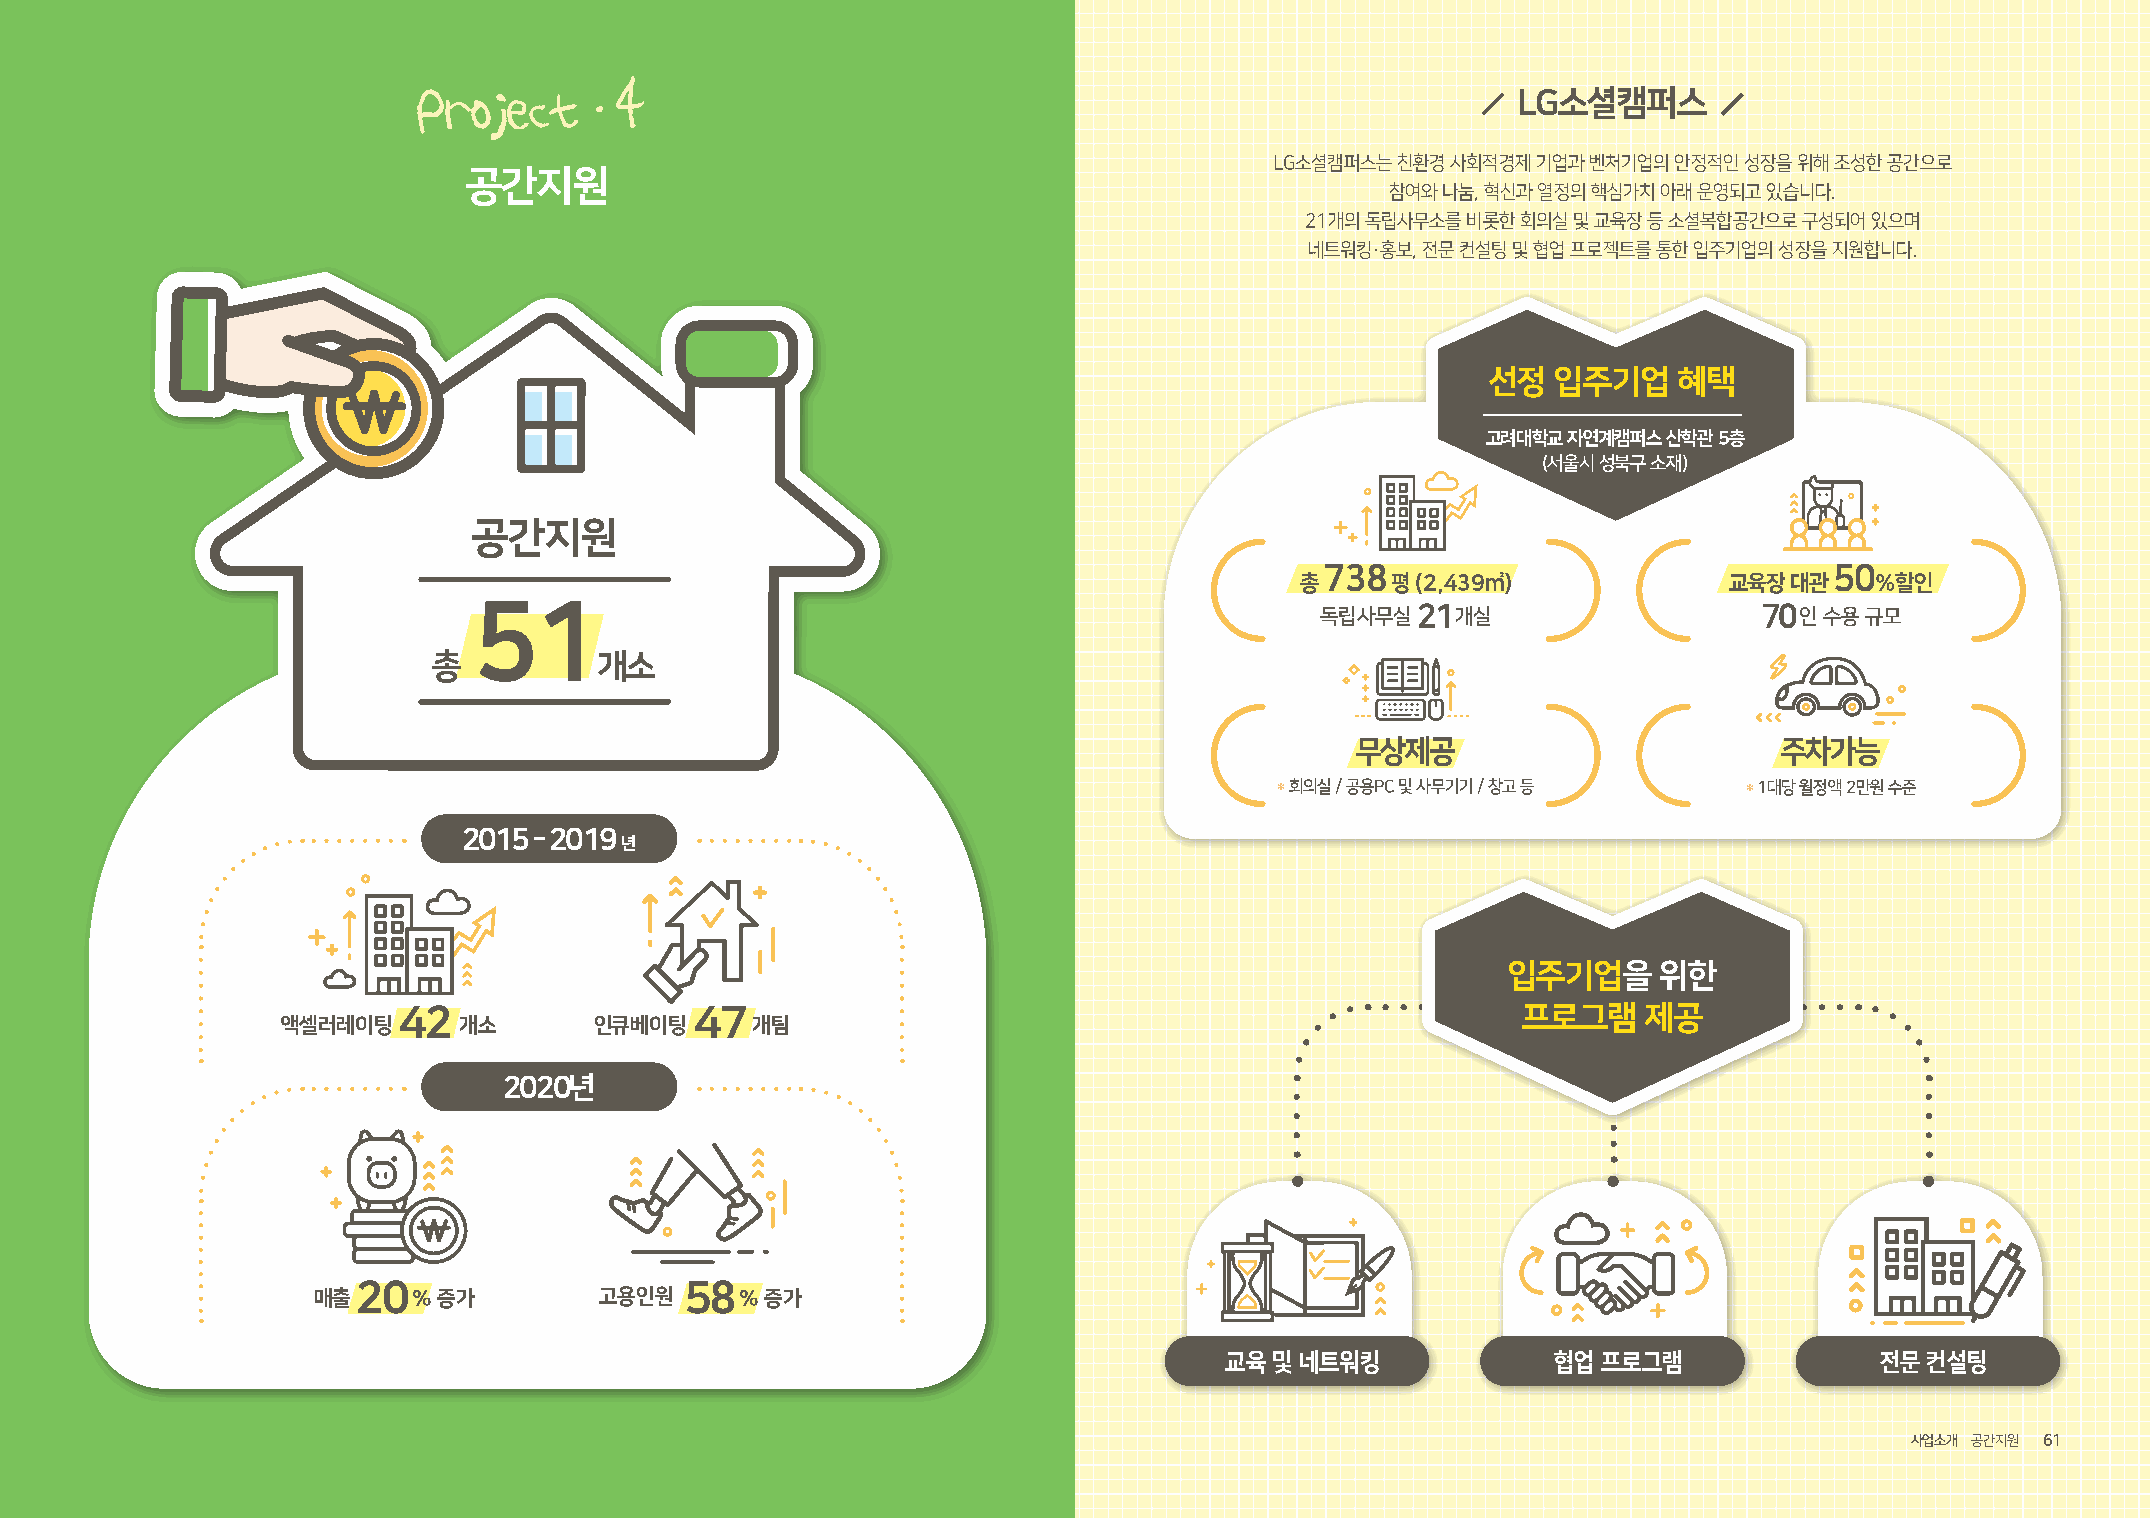
.
 4
 Project                                                                 LG소셜캠퍼스
 LG소셜캠퍼스는 친환경 사회적경제 기업과 벤처기업의 안정적인 성장을 위해 조성한 공간으로
 공간지원
 참여와 나눔, 혁신과 열정의 핵심가치 아래 운영되고 있습니다.
 21개의 독립사무소를 비롯한 회의실 및 교육장 등 소셜복합공간으로 구성되어 있으며
 네트워킹·홍보, 전문 컨설팅 및 협업 프로젝트를 통한 입주기업의 성장을 지원합니다.
 선정  입주기업    혜택
 고려대학교 자연계캠퍼스 산학관 5층
 (서울시 성북구 소재)
 공간지원
 738                              50
 총     평 (2,439㎡)            교육장  대관   %할인
 51                                                      독립사무실  21 개실                  70 인 수용 규모
 총          개소
 무상제공                        주차가능
 * 회의실 / 공용PC 및 사무기기 / 창고 등     * 1대당 월정액 2만원 수준
 2015 - 2019
 년
 입주기업을     위한
 42                  47                                                     프로그램    제공
 액셀러레이팅     개소       인큐베이팅      개팀
 2020년
 20                   58
 매출    % 증가         고용인원     % 증가
 교육 및 네트워킹             협업 프로그램              전문  컨설팅
 60 LG SOCIAL CAMPUS 2020 ANNUAL REPORT                                                                                  사업소개 공간지원 61